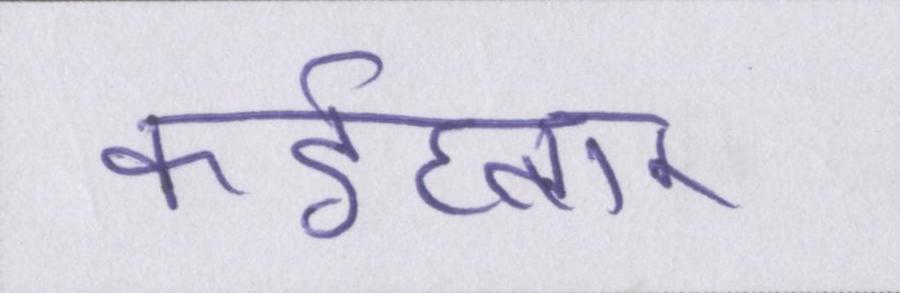
कईघ्बार